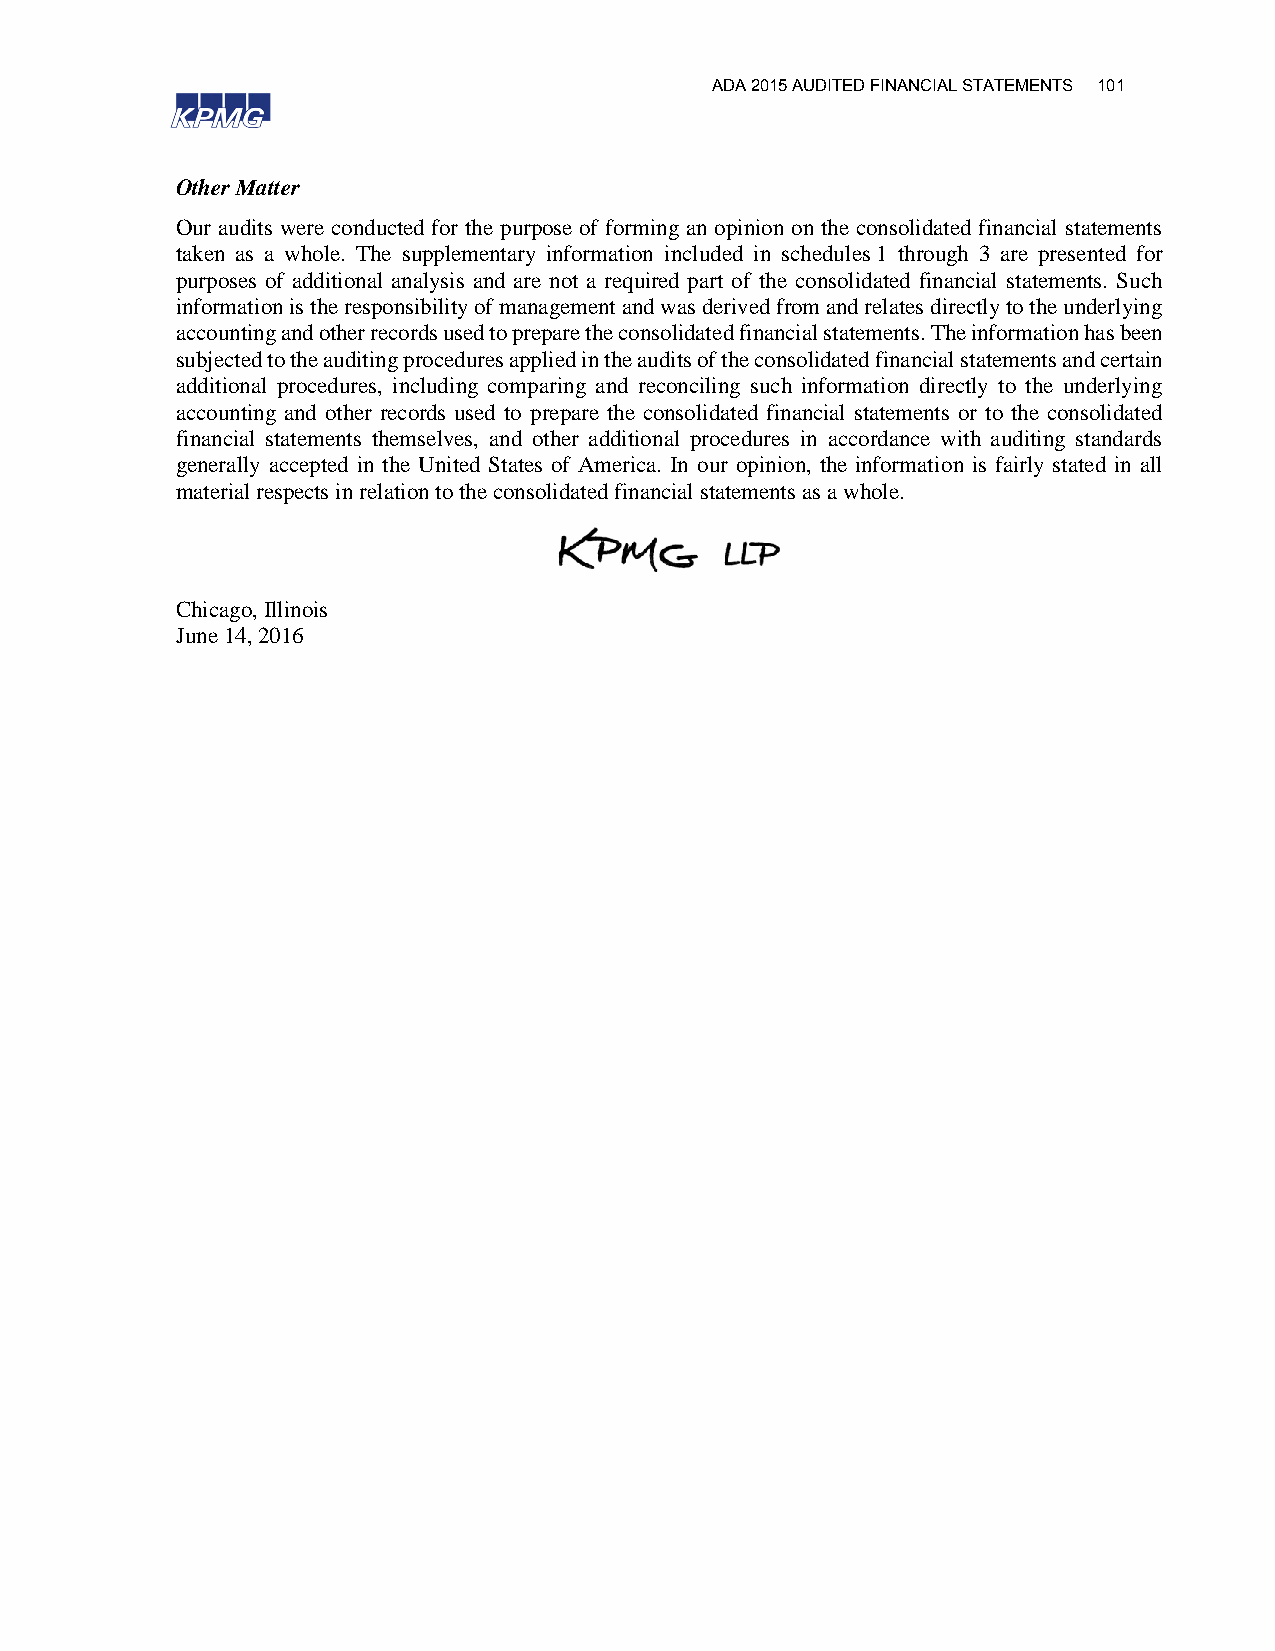
ADA 2015 AUDITED FINANCIAL STATEMENTS 101
 Other Matter
 Our audits were conducted for the purpose of forming an opinion on the consolidated financial statements
 taken as a whole. The supplementary information included in schedules 1 through 3 are presented for
 purposes of additional analysis and are not a required part of the consolidated financial statements. Such
 information is the responsibility of management and was derived from and relates directly to the underlying
 accounting and other records used to prepare the consolidated financial statements. The information has been
 subjected to the auditing procedures applied in the audits of the consolidated financial statements and certain
 additional procedures, including comparing and reconciling such information directly to the underlying
 accounting and other records used to prepare the consolidated financial statements or to the consolidated
 financial statements themselves, and other additional procedures in accordance with auditing standards
 generally accepted in the United States of America. In our opinion, the information is fairly stated in all
 material respects in relation to the consolidated financial statements as a whole.
 Chicago, Illinois
 June 14, 2016